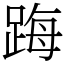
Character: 踇